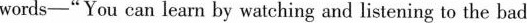
words_"You can learn by watching and listening to the bad